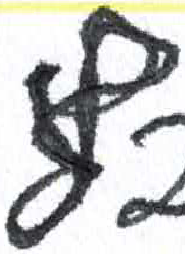
אות: ף